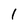
Character: 1